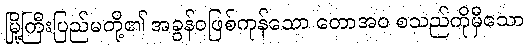
မြို့ကြီးပြည်မတို့၏ အခွန်ဝဖြစ်ကုန်သော တောအဝ စသည်ကိုမှီသော